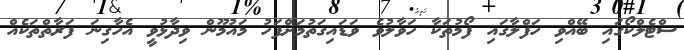
ސްޓެލްކޯގައި ބޭއްވި ހަފްލާގައި ފޯމުތަކާ ހަވާލުވެ ވަޑައިގަތުމަށްފަހު މައުމޫން ވިދާޅުވީ އެހާގިނަ ފަރާތްތަކެއް